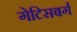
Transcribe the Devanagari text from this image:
गेटिसबर्ग